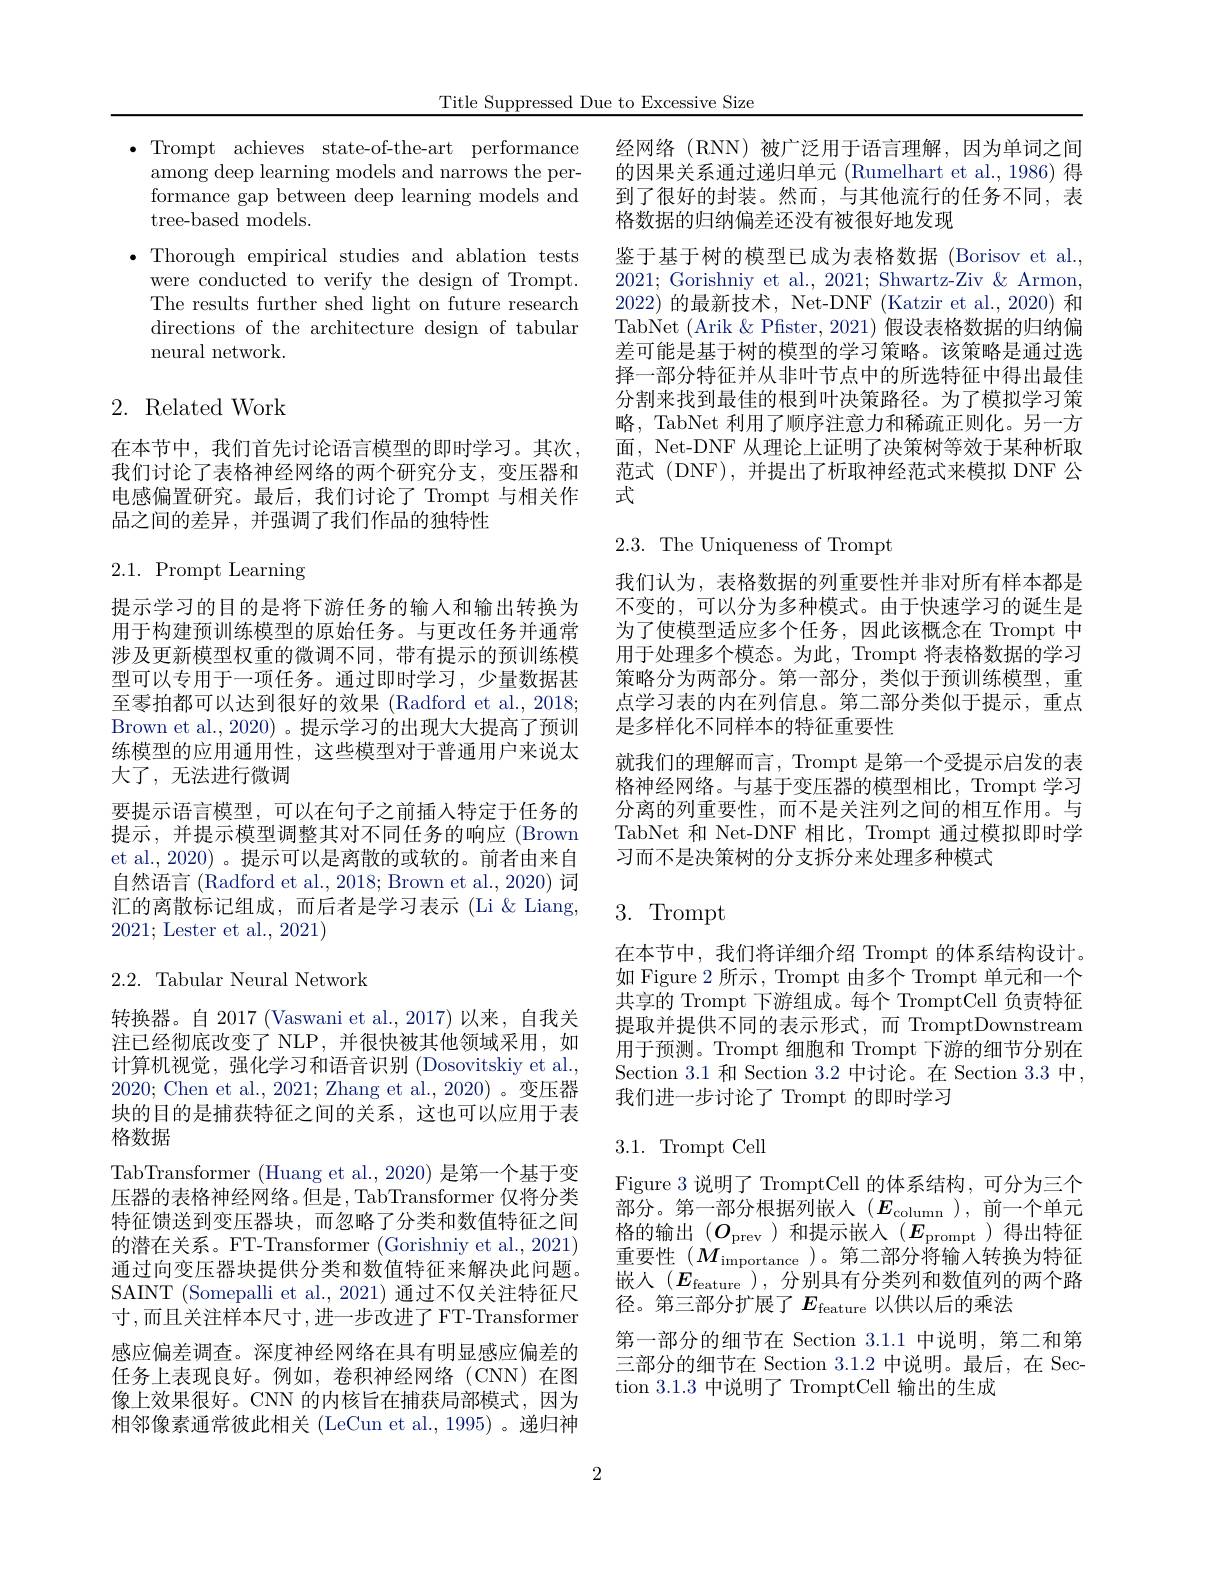
Title Suppressed Due to Excessive Size

$\bullet$Trompt achieves state-of-the-art performance
among deep learning models and narrows the performance gap between deep learning models and tree-based models.
$\bullet$ Thorough empirical studies and ablation tests were conducted to verify the design of Trompt. The results further shed light on future research directions of the architecture design of tabular neural network.

## 2. Related Work

在本节中，我们首先讨论语言模型的即时学习。其次， 我们讨论了表格神经网络的两个研究分支，变压器和电感偏置研究。最后，我们讨论了 Trompt 与相关作品之间的差异，并强调了我们作品的独特性

2.1. Prompt Learning

提示学习的目的是将下游任务的输入和输出转换为用于构建预训练模型的原始任务。与更改任务并通常涉及更新模型权重的微调不同，带有提示的预训练模型可以专用于一项任务。通过即时学习，少量数据甚至零拍都可以达到很好的效果 (Radford et al., 2018; Brown et al., 2020) 。提示学习的出现大大提高了预训练模型的应用通用性，这些模型对于普通用户来说太大了，无法进行微调
要提示语言模型，可以在句子之前插入特定于任务的提示，并提示模型调整其对不同任务的响应 (Brown et al., 2020) 。提示可以是离散的或软的。前者由来自自然语言(Radford et al., 2018; Brown et al., 2020) 词汇的离散标记组成，而后者是学习表示 (Li & Liang, 2021; Lester et al., 2021)

## 2.2. Tabular Neural Network

转换器。自 2017 (Vaswani et al.,2017)以来，自我关注已经彻底改变了 NLP,并很快被其他领域采用，如计算机视觉，强化学习和语音识别 (Dosovitskiy et al. 2020; Chen et al., 2021; Zhang et al., 2020)。变压器块的目的是捕获特征之间的关系，这也可以应用于表格数据
TabTransformer (Huang et al., 2020) 是第一个基于变压器的表格神经网络。但是，TabTransformer 仅将分类特征馈送到变压器块，而忽略了分类和数值特征之间的潜在关系。FT-Transformer (Gorishniy et al., 2021) 通过向变压器块提供分类和数值特征来解决此问题。SAINT (Somepalli et al., 2021) 通过不仅关注特征尺寸，而且关注样本尺寸，进一步改进了FT-Transformer 感应偏差调查。深度神经网络在具有明显感应偏差的任务上表现良好。例如，卷积神经网络(CNN)在图像上效果很好。CNN 的内核旨在捕获局部模式，因为相邻像素通常彼此相关 (LeCun et al.,1995)。递归神

经网络(RNN)被广泛用于语言理解，因为单词之间的因果关系通过递归单元 (Rumelhart et al., 1986) 得到了很好的封装。然而，与其他流行的任务不同，表格数据的归纳偏差还没有被很好地发现
鉴于基于树的模型已成为表格数据 (Borisov et al., 2021; Gorishniy et al., 2021; Shwartz-Ziv & Armon, 2022) 的最新技术，Net-DNF (Katzir et al., 2020) 和TabNet (Arik &Pfister, 2021) 假设表格数据的归纳偏差可能是基于树的模型的学习策略。该策略是通过选择一部分特征并从非叶节点中的所选特征中得出最佳分割来找到最佳的根到叶决策路径。为了模拟学习策略，TabNet 利用了顺序注意力和稀疏正则化。另一方面，Net-DNF 从理论上证明了决策树等效于某种析取范式 (DNF),并提出了析取神经范式来模拟 DNF 公式

2.3.The Uniqueness of Trompt
我们认为，表格数据的列重要性并非对所有样本都是不变的，可以分为多种模式。由于快速学习的诞生是为了使模型适应多个任务，因此该概念在 Trompt 中用于处理多个模态。为此，Trompt 将表格数据的学习策略分为两部分。第一部分，类似于预训练模型，重点学习表的内在列信息。第二部分类似于提示，重点是多样化不同样本的特征重要性
就我们的理解而言，Trompt 是第一个受提示启发的表格神经网络。与基于变压器的模型相比，Trompt 学习分离的列重要性，而不是关注列之间的相互作用。与TabNet 和 Net-DNF 相比，Trompt 通过模拟即时学习而不是决策树的分支拆分来处理多种模式
3. Trompt

在本节中，我们将详细介绍 Trompt 的体系结构设计。如 Figure 2 所示，Trompt 由多个 Trompt 单元和一个共享的 Trompt 下游组成。每个 TromptCell 负责特征提取并提供不同的表示形式，而 TromptDownstream 用于预测。Trompt 细胞和 Trompt 下游的细节分别在Section 3.1 和 Section 3.2 中讨论。在 Section 3.3 中， 我们进一步讨论了 Trompt 的即时学习

## 3.1. Trompt Cell

Figure 3 说明了 TromptCell 的体系结构，可分为三个部分。第一部分根据列嵌人($E_\mathrm{column}$),前一个单元格的输出($O_\mathrm{prev}$)和提示嵌入($E_\mathrm{prompt}$)得出特征重要性($M_\mathrm{importance}$)。第二部分将输入转换为特征嵌入$(E_{\mathrm{feature}}$ ),分别具有分类列和数值列的两个路径。第三部分扩展了$E_\mathrm{feature}$以供以后的乘法
第一部分的细节在 Section 3.1.1 中说明，第二和第三部分的细节在 Section 3.1.2中说明。最后，在 Section 3.1.3 中说明了 TromptCell 输出的生成

2